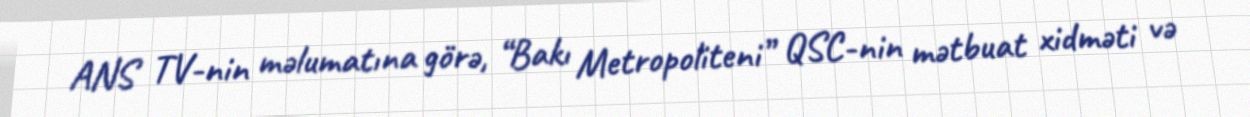
ANS TV-nin məlumatına görə, “Bakı Metropoliteni” QSC-nin mətbuat xidməti və